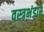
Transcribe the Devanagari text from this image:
वस्त्रभंडार